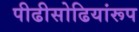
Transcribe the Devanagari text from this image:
पीढीसोढियांरूप